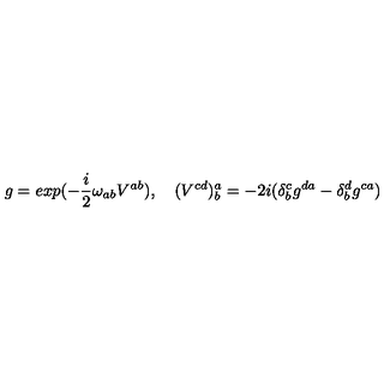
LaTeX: g = e x p ( - \frac { i } { 2 } \omega _ { a b } V ^ { a b } ) , \quad ( V ^ { c d } ) _ { b } ^ { a } = - 2 i ( \delta _ { b } ^ { c } g ^ { d a } - \delta _ { b } ^ { d } g ^ { c a } )